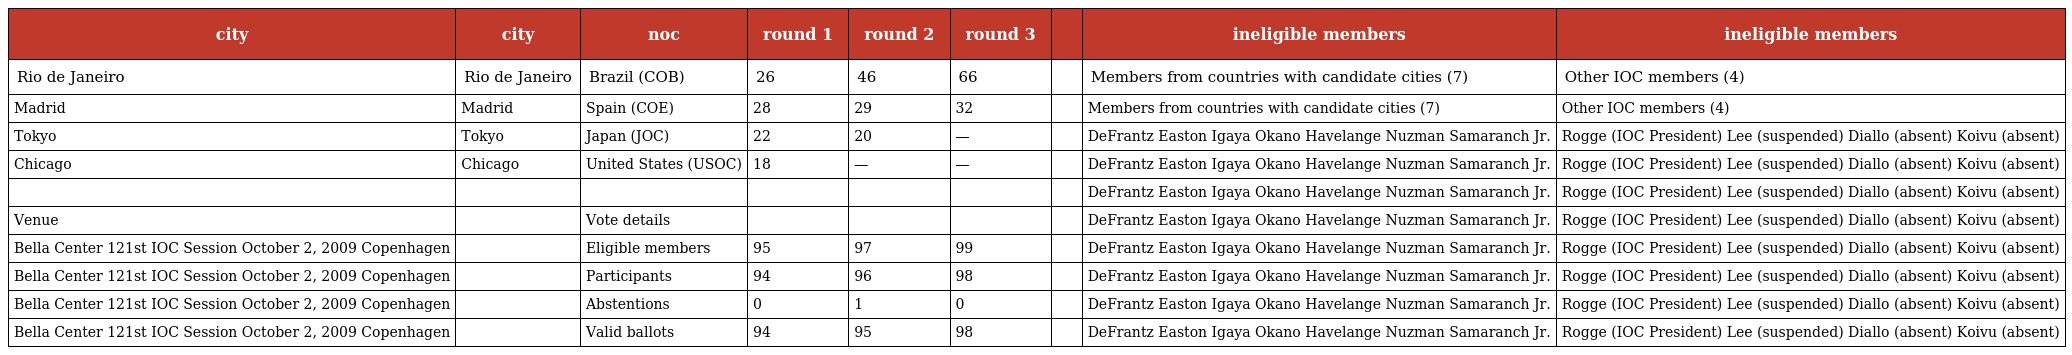
| city | city | noc | round 1 | round 2 | round 3 |  | ineligible members | ineligible members |
 | --- | --- | --- | --- | --- | --- | --- | --- | --- |
 | Rio de Janeiro | Rio de Janeiro | Brazil (COB) | 26 | 46 | 66 |  | Members from countries with candidate cities (7) | Other IOC members (4) |
 | Madrid | Madrid | Spain (COE) | 28 | 29 | 32 |  | Members from countries with candidate cities (7) | Other IOC members (4) |
 | Tokyo | Tokyo | Japan (JOC) | 22 | 20 | — |  | DeFrantz Easton Igaya Okano Havelange Nuzman Samaranch Jr. | Rogge (IOC President) Lee (suspended) Diallo (absent) Koivu (absent) |
 | Chicago | Chicago | United States (USOC) | 18 | — | — |  | DeFrantz Easton Igaya Okano Havelange Nuzman Samaranch Jr. | Rogge (IOC President) Lee (suspended) Diallo (absent) Koivu (absent) |
 |  |  |  |  |  |  |  | DeFrantz Easton Igaya Okano Havelange Nuzman Samaranch Jr. | Rogge (IOC President) Lee (suspended) Diallo (absent) Koivu (absent) |
 | Venue |  | Vote details |  |  |  |  | DeFrantz Easton Igaya Okano Havelange Nuzman Samaranch Jr. | Rogge (IOC President) Lee (suspended) Diallo (absent) Koivu (absent) |
 | Bella Center 121st IOC Session October 2, 2009 Copenhagen |  | Eligible members | 95 | 97 | 99 |  | DeFrantz Easton Igaya Okano Havelange Nuzman Samaranch Jr. | Rogge (IOC President) Lee (suspended) Diallo (absent) Koivu (absent) |
 | Bella Center 121st IOC Session October 2, 2009 Copenhagen |  | Participants | 94 | 96 | 98 |  | DeFrantz Easton Igaya Okano Havelange Nuzman Samaranch Jr. | Rogge (IOC President) Lee (suspended) Diallo (absent) Koivu (absent) |
 | Bella Center 121st IOC Session October 2, 2009 Copenhagen |  | Abstentions | 0 | 1 | 0 |  | DeFrantz Easton Igaya Okano Havelange Nuzman Samaranch Jr. | Rogge (IOC President) Lee (suspended) Diallo (absent) Koivu (absent) |
 | Bella Center 121st IOC Session October 2, 2009 Copenhagen |  | Valid ballots | 94 | 95 | 98 |  | DeFrantz Easton Igaya Okano Havelange Nuzman Samaranch Jr. | Rogge (IOC President) Lee (suspended) Diallo (absent) Koivu (absent) |